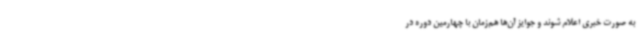
به صورت خبری اعلام شوند و جوایز آن‌ها هم‌زمان با چهارمین دوره در